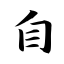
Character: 自